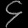
Digit: ၄